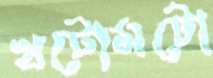
খটোমটো